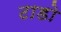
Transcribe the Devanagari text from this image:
टाडो